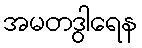
အမတဒွါရေန